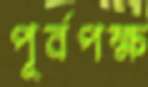
পূর্বপক্ষ